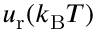
u _ { \mathrm { r } } ( k _ { \mathrm { B } } T )